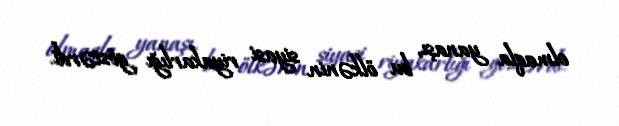
olmaqla yanaşı, bu ölkənin siyasi riyakarlığı göstərdi.